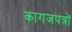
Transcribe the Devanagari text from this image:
कागजपत्रों